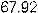
67.92